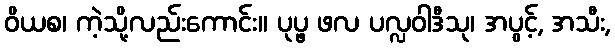
ဝိယစ၊ ကဲ့သို့လည်းကောင်း။ ပုပ္ဖ ဖလ ပလ္လဝါဒီသု၊ အပွင့်, အသီး,